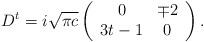
LaTeX: \begin{align*}D^t = i \sqrt{ \pi c} \left(\begin{array}{cc} 0& \mp 2 \\ 3t-1 &0\end{array}\right).\end{align*}